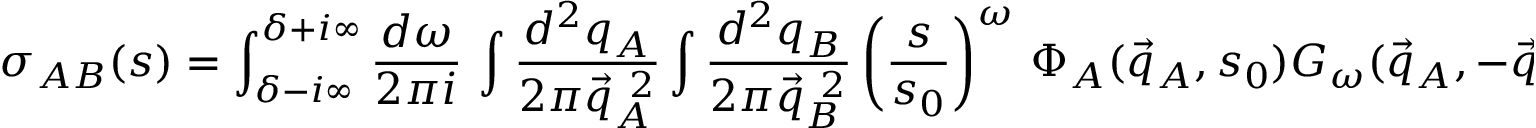
\sigma _ { A B } ( s ) = \int _ { \delta - i \infty } ^ { \delta + i \infty } \frac { d \omega } { 2 \pi i } \, \int \frac { d ^ { 2 } q _ { A } } { 2 \pi \vec { q } _ { A } ^ { ~ 2 } } \int \frac { d ^ { 2 } q _ { B } } { 2 \pi \vec { q } _ { B } ^ { ~ 2 } } \left( \frac s { s _ { 0 } } \right) ^ { \omega } \, \Phi _ { A } ( { \vec { q } } _ { A } , s _ { 0 } ) G _ { \omega } ( { \vec { q } } _ { A } , - { \vec { q } } _ { B } ) \Phi _ { B } ( { \vec { q } } _ { B } , s _ { 0 } ) .